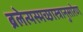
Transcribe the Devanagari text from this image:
ब्रलेत्यस्मच्छास्त्रानुसारेण